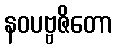
နဝပဗ္ဗဇိတော